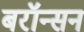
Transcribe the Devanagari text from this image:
बरॉन्सन